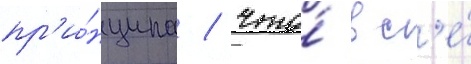
пр'и́нципа / что́ вс'е́